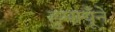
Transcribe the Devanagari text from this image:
हुमायूँने